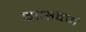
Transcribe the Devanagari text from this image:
दासवर्ण